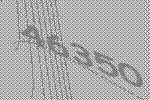
46350